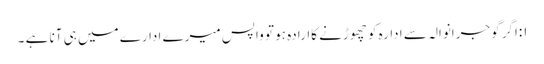
۱:اگر گوجرانوالہ سے ادارہ کو چھوڑنے کاارادہ ہو تو واپس میرے ادارے میں ہی آنا ہے ۔